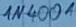
Text: 1N4001